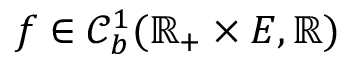
f \in \mathcal { C } _ { b } ^ { 1 } ( \mathbb { R } _ { + } \times E , \mathbb { R } )